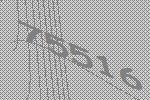
75516